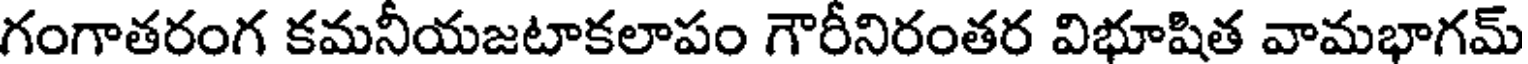
గంగాతరంగ కమనీయజటాకలాపం గౌరీనిరంతర విభూషిత వామభాగమ్